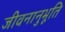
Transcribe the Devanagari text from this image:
जीवनानुभूति